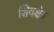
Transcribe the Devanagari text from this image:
शिवक्षेत्र